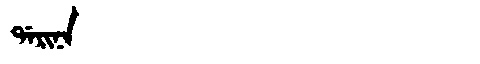
Manchu: ᡩᠠᡵᡳᠨᠠ
Romanization: DARINA